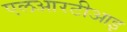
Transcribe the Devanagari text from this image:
एलआरटीआइ